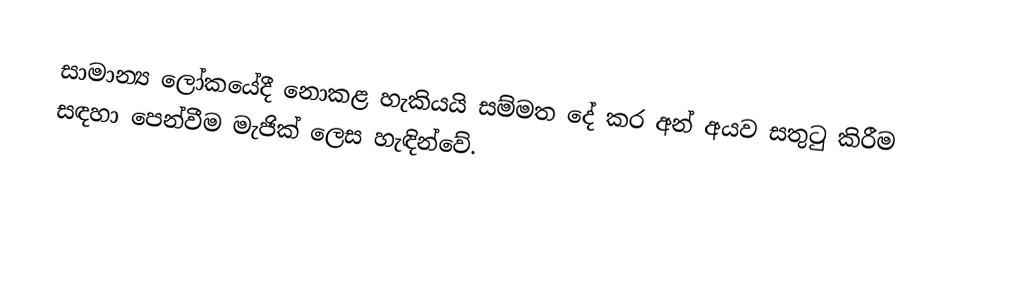
සාමාන්‍ය ලෝකයේදී නොකළ හැකියයි සම්මත දේ කර අන් අයව සතුටු කිරීම සඳහා පෙන්වීම මැජික් ලෙස හැඳින්වේ.